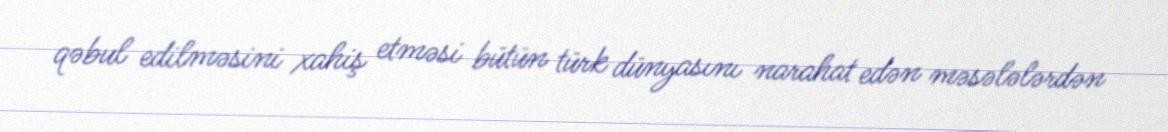
qəbul edilməsini xahiş etməsi bütün türk dünyasını narahat edən məsələlərdən